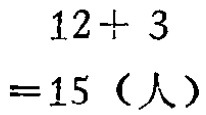
\[

\begin{align*}

&12 + 3\\

=&15 \text{（人）}

\end{align*}

\]